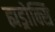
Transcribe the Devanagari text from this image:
ह्यड्रोक्सि